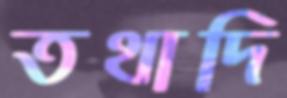
তথাদি